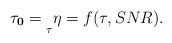
\begin{align*}\mathbf{\tau_{0}}=\underset{\tau}{}\eta= f(\tau,SNR).\end{align*}